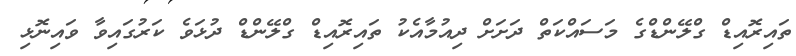
ތައިރޮއިޑް ގްލޭންޑްގެ މަސައްކަތް ދަށަށް ދިއުމާއެކު ތައިރޮއިޑް ގްލޭންޑް ދުޅަވެ ކަރުގައިވާ ވައިނޮޅި